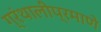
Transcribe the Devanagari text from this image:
ग्रंथालीप्रमाणे